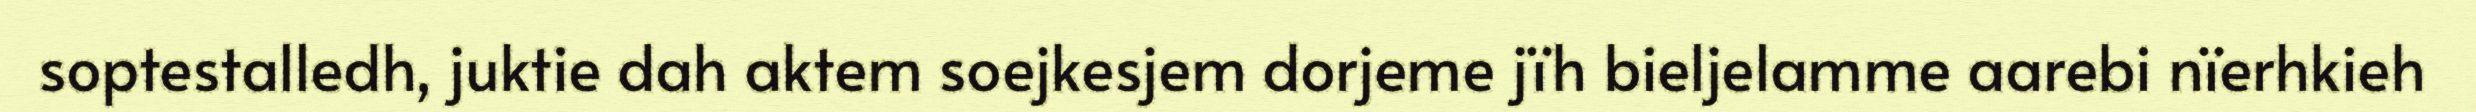
soptestalledh, juktie dah aktem soejkesjem dorjeme jïh bieljelamme aarebi nïerhkieh